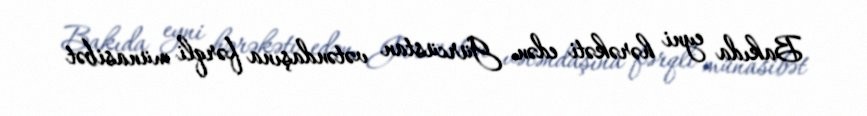
Bakıda eyni hərəkəti edən Gürcüstan vətəndaşına fərqli münasibət